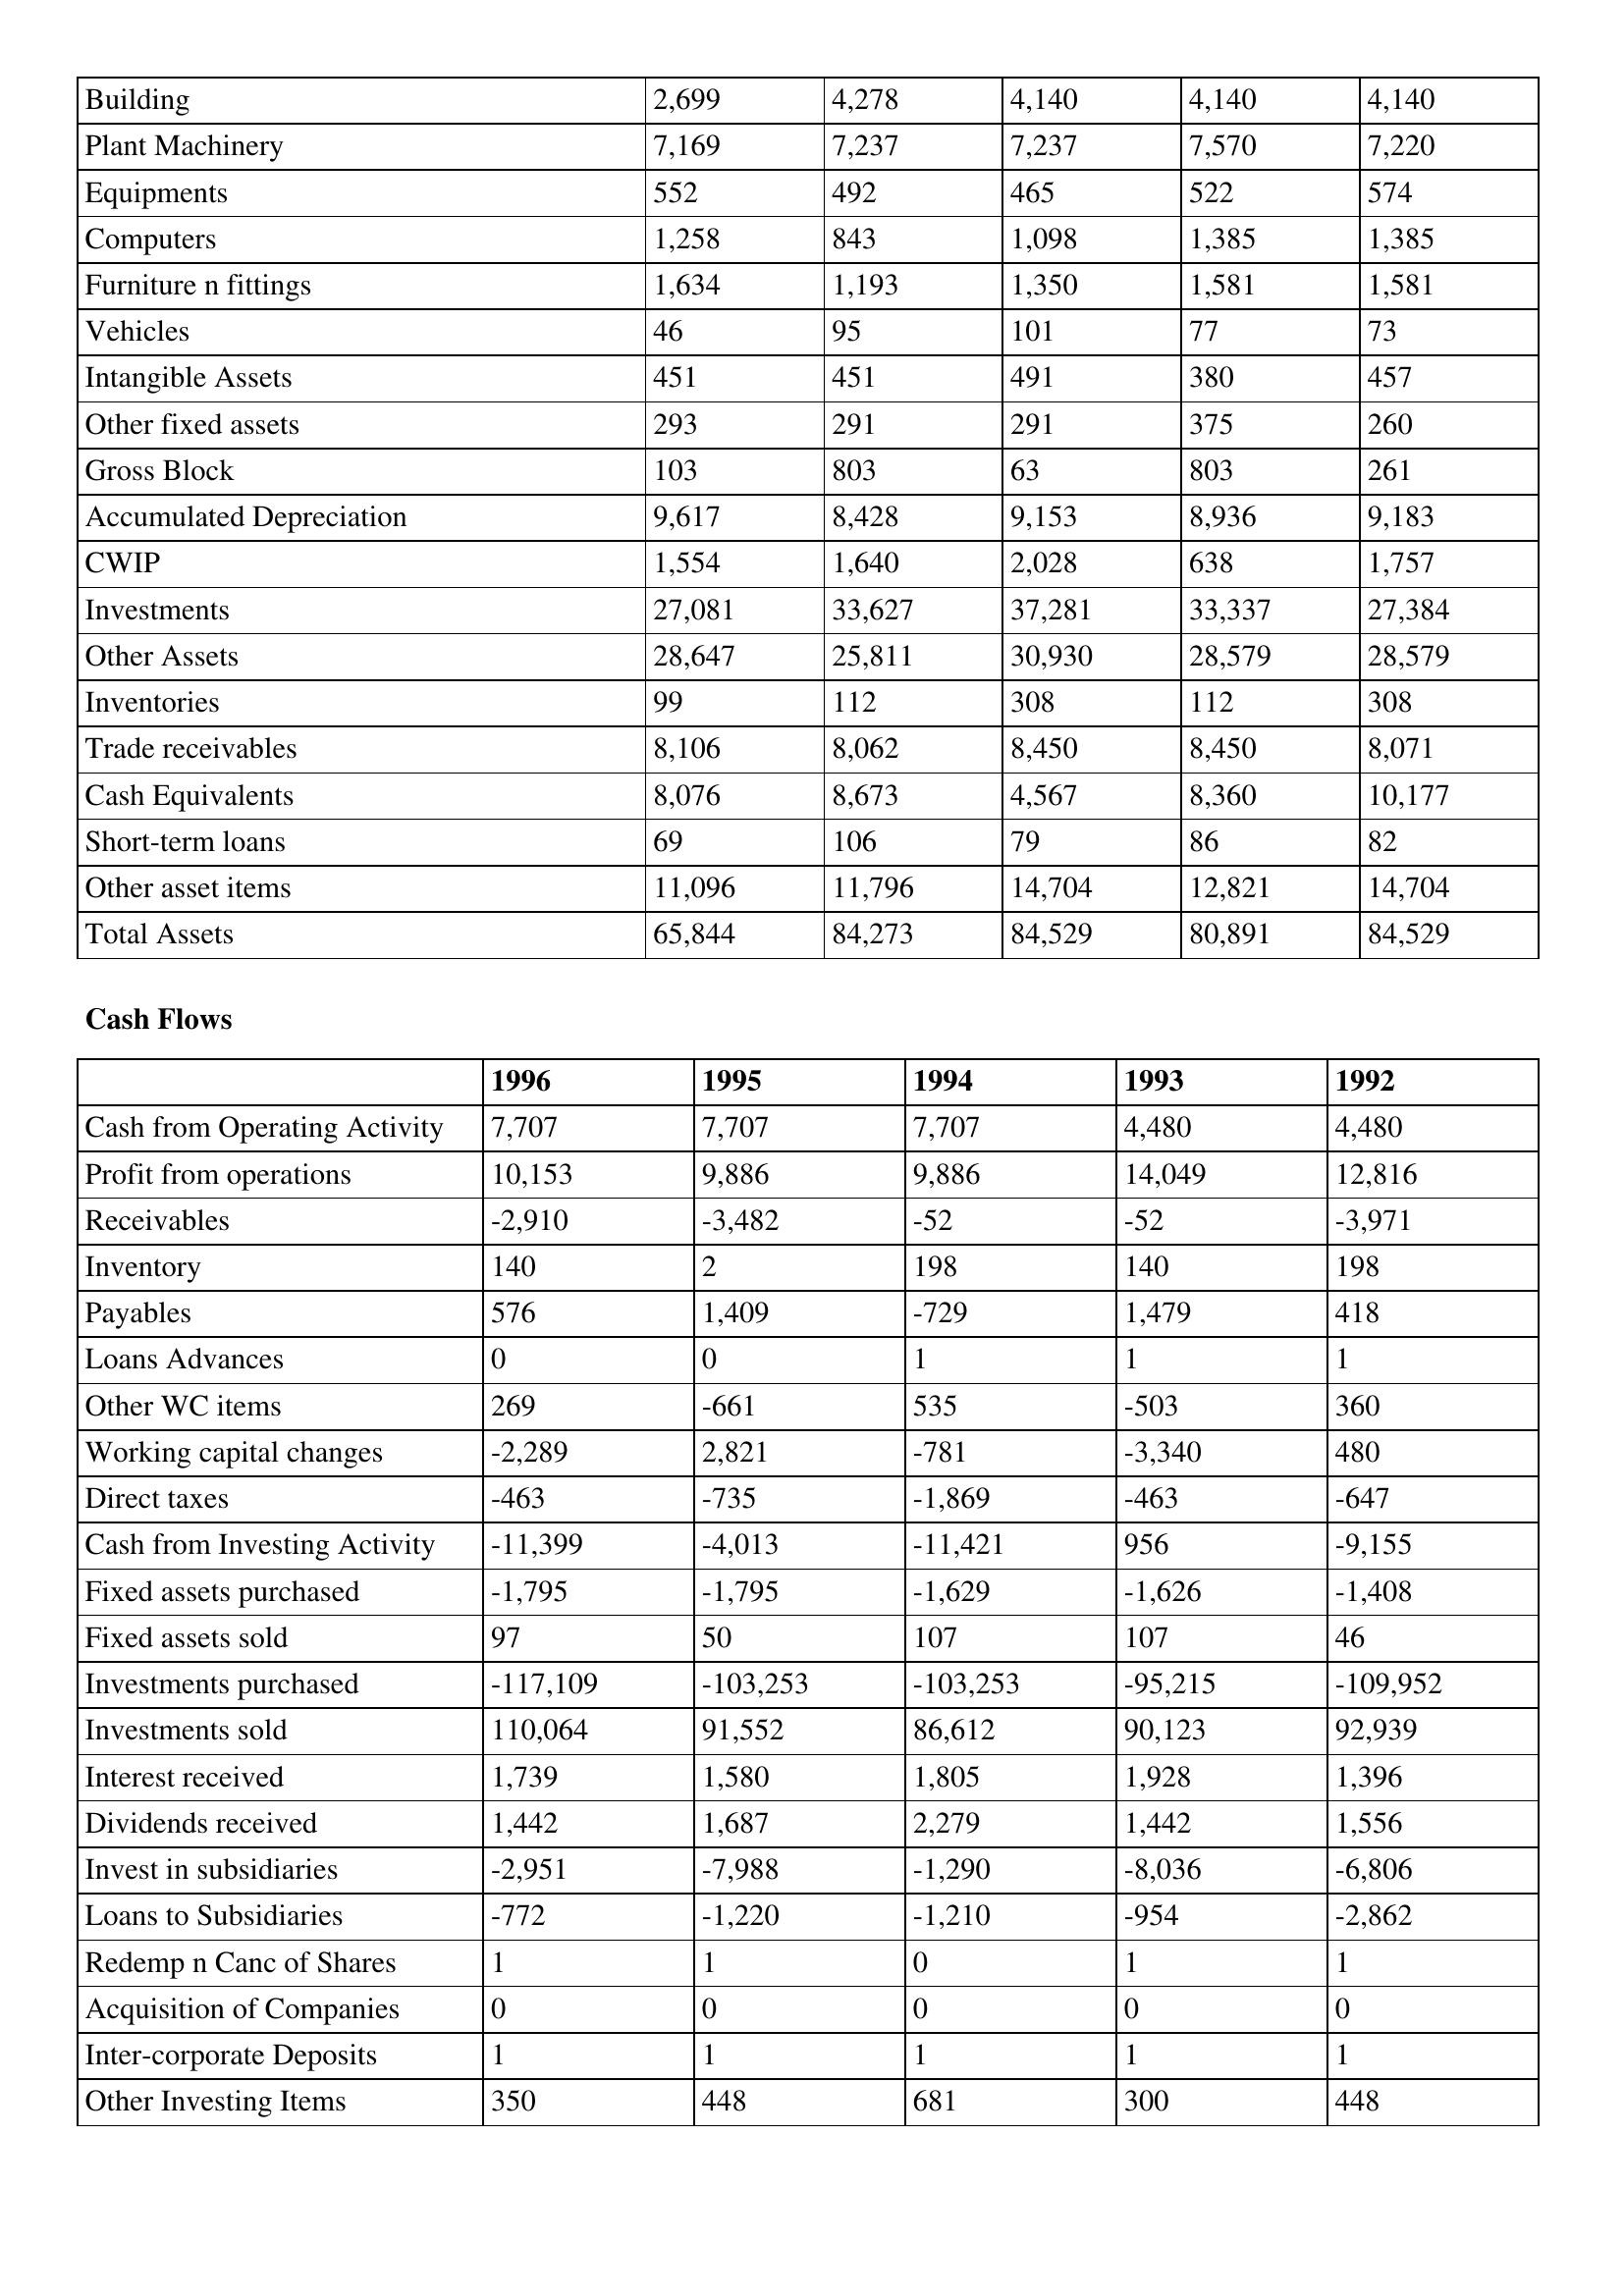
gt_parse: 1996: Balance Sheet: Building: 2,699
Plant Machinery: 7,169
Equipments: 552
Computers: 1,258
Furniture n fittings: 1,634
Vehicles: 46
Intangible Assets: 451
Other fixed assets: 293
Gross Block: 103
Accumulated Depreciation: 9,617
CWIP: 1,554
Investments: 27,081
Other Assets: 28,647
Inventories: 99
Trade receivables: 8,106
Cash Equivalents: 8,076
Short-term loans: 69
Other asset items: 11,096
Total Assets: 65,844
Cash Flows: Cash from Operating Activity: 7,707
Profit from operations: 10,153
Receivables: -2,910
Inventory: 140
Payables: 576
Loans Advances: 0
Other WC items: 269
Working capital changes: -2,289
Direct taxes: -463
Cash from Investing Activity: -11,399
Fixed assets purchased: -1,795
Fixed assets sold: 97
Investments purchased: -117,109
Investments sold: 110,064
Interest received: 1,739
Dividends received: 1,442
Invest in subsidiaries: -2,951
Loans to Subsidiaries: -772
Redemp n Canc of Shares: 1
Acquisition of Companies: 0
Inter-corporate Deposits: 1
Other Investing Items: 350
1995: Balance Sheet: Building: 4,278
Plant Machinery: 7,237
Equipments: 492
Computers: 843
Furniture n fittings: 1,193
Vehicles: 95
Intangible Assets: 451
Other fixed assets: 291
Gross Block: 803
Accumulated Depreciation: 8,428
CWIP: 1,640
Investments: 33,627
Other Assets: 25,811
Inventories: 112
Trade receivables: 8,062
Cash Equivalents: 8,673
Short-term loans: 106
Other asset items: 11,796
Total Assets: 84,273
Cash Flows: Cash from Operating Activity: 7,707
Profit from operations: 9,886
Receivables: -3,482
Inventory: 2
Payables: 1,409
Loans Advances: 0
Other WC items: -661
Working capital changes: 2,821
Direct taxes: -735
Cash from Investing Activity: -4,013
Fixed assets purchased: -1,795
Fixed assets sold: 50
Investments purchased: -103,253
Investments sold: 91,552
Interest received: 1,580
Dividends received: 1,687
Invest in subsidiaries: -7,988
Loans to Subsidiaries: -1,220
Redemp n Canc of Shares: 1
Acquisition of Companies: 0
Inter-corporate Deposits: 1
Other Investing Items: 448
1994: Balance Sheet: Building: 4,140
Plant Machinery: 7,237
Equipments: 465
Computers: 1,098
Furniture n fittings: 1,350
Vehicles: 101
Intangible Assets: 491
Other fixed assets: 291
Gross Block: 63
Accumulated Depreciation: 9,153
CWIP: 2,028
Investments: 37,281
Other Assets: 30,930
Inventories: 308
Trade receivables: 8,450
Cash Equivalents: 4,567
Short-term loans: 79
Other asset items: 14,704
Total Assets: 84,529
Cash Flows: Cash from Operating Activity: 7,707
Profit from operations: 9,886
Receivables: -52
Inventory: 198
Payables: -729
Loans Advances: 1
Other WC items: 535
Working capital changes: -781
Direct taxes: -1,869
Cash from Investing Activity: -11,421
Fixed assets purchased: -1,629
Fixed assets sold: 107
Investments purchased: -103,253
Investments sold: 86,612
Interest received: 1,805
Dividends received: 2,279
Invest in subsidiaries: -1,290
Loans to Subsidiaries: -1,210
Redemp n Canc of Shares: 0
Acquisition of Companies: 0
Inter-corporate Deposits: 1
Other Investing Items: 681
1993: Balance Sheet: Building: 4,140
Plant Machinery: 7,570
Equipments: 522
Computers: 1,385
Furniture n fittings: 1,581
Vehicles: 77
Intangible Assets: 380
Other fixed assets: 375
Gross Block: 803
Accumulated Depreciation: 8,936
CWIP: 638
Investments: 33,337
Other Assets: 28,579
Inventories: 112
Trade receivables: 8,450
Cash Equivalents: 8,360
Short-term loans: 86
Other asset items: 12,821
Total Assets: 80,891
Cash Flows: Cash from Operating Activity: 4,480
Profit from operations: 14,049
Receivables: -52
Inventory: 140
Payables: 1,479
Loans Advances: 1
Other WC items: -503
Working capital changes: -3,340
Direct taxes: -463
Cash from Investing Activity: 956
Fixed assets purchased: -1,626
Fixed assets sold: 107
Investments purchased: -95,215
Investments sold: 90,123
Interest received: 1,928
Dividends received: 1,442
Invest in subsidiaries: -8,036
Loans to Subsidiaries: -954
Redemp n Canc of Shares: 1
Acquisition of Companies: 0
Inter-corporate Deposits: 1
Other Investing Items: 300
1992: Balance Sheet: Building: 4,140
Plant Machinery: 7,220
Equipments: 574
Computers: 1,385
Furniture n fittings: 1,581
Vehicles: 73
Intangible Assets: 457
Other fixed assets: 260
Gross Block: 261
Accumulated Depreciation: 9,183
CWIP: 1,757
Investments: 27,384
Other Assets: 28,579
Inventories: 308
Trade receivables: 8,071
Cash Equivalents: 10,177
Short-term loans: 82
Other asset items: 14,704
Total Assets: 84,529
Cash Flows: Cash from Operating Activity: 4,480
Profit from operations: 12,816
Receivables: -3,971
Inventory: 198
Payables: 418
Loans Advances: 1
Other WC items: 360
Working capital changes: 480
Direct taxes: -647
Cash from Investing Activity: -9,155
Fixed assets purchased: -1,408
Fixed assets sold: 46
Investments purchased: -109,952
Investments sold: 92,939
Interest received: 1,396
Dividends received: 1,556
Invest in subsidiaries: -6,806
Loans to Subsidiaries: -2,862
Redemp n Canc of Shares: 1
Acquisition of Companies: 0
Inter-corporate Deposits: 1
Other Investing Items: 448